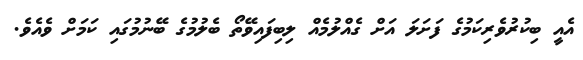
އެއީ ބިކުރުވެރިކަމުގެ ފަށަލަ އަށް ގެއްލުމެއް ލިބިފައިވޭތޯ ބެލުމުގެ ބޭނުމުގައި ކަމަށް ވެއެވެ.